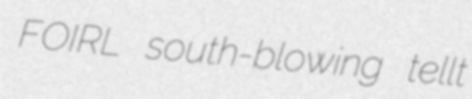
FOIRL south-blowing tellt